Leaving Certificate Examination, 1916
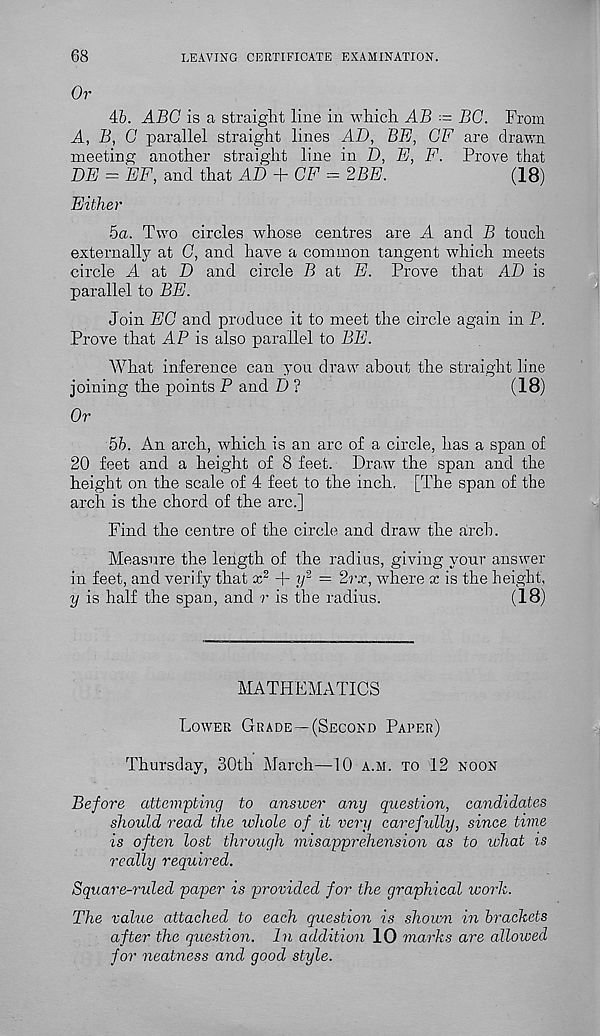
68
LEAVING CERTIFICATE EXAMINATION.
Or
46. ABC is a straight line in which AB ■= BO. From
A, B, G parallel straight lines AD, BE, OF are drawn
meeting another straight line in D, E, F. Prove that
BE = EE, and that AD + OF = 2BE.
(18)
Either
5a. Two circles whose centres are A and B touch
externally at G, and have a common tangent which meets
circle A at D and circle B at E. Prove that AD is
parallel to BE.
Join EG and produce it to meet the circle again in P.
Prove that AP is also parallel to BE.
What inference can you draw about the straight line
joining the points P and D ?
(18)
Or
56. An arch, which is an arc of a circle, has a span of
20 feet and a height of 8 feet. Draw the span and the
height on the scale of 4 feet to the inch. [The span of the
arch is the chord of the arc.]
Find the centre of the circle and draw the arch.
Measure the length of the radius, giving your answer
in feet, and verify that x 2 + y 2 = 2r.r, where x is the height,
y is half the span, and r is the radius.
(18)
MATHEMATICS
Lower Grade—(Second Parer)
Thursday, 30th March—10 a.m. to 12 noon
Before attempting to answer any question, candidates
should read the whole of it very carefully, since time
is often lost through misapprehension as to lohat is
really required.
Square-ruled paper is provided for the graphical work.
The value attached to each question is shown in brackets
after the question. In addition 10 marks are allowed
for neatness and good style.